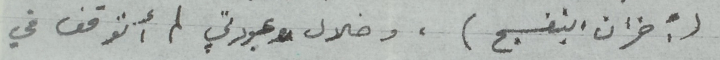
(أحزان البنفسج) ، وخلال عبودتي لم أتوقف في